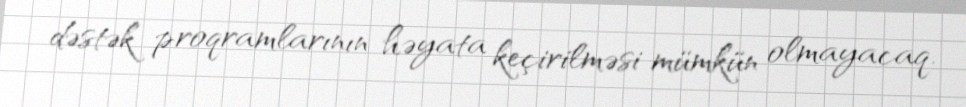
dəstək proqramlarının həyata keçirilməsi mümkün olmayacaq.